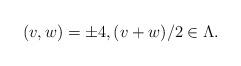
LaTeX: \begin{align*}(v,w)=\pm 4,(v+w)/2\in \Lambda.\end{align*}